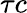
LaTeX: \tau c